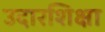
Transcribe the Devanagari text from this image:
उदारशिक्षा